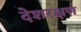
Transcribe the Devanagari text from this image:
देशरक्षण